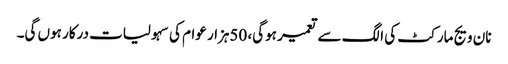
نان ویج مارکٹ کی الگ سے تعمیر ہوگی، 50ہزار عوام کی سہولیات درکار ہوں گی۔